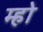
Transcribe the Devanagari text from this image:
म्हो